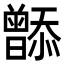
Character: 𬁮